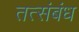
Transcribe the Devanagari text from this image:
तत्संबंध